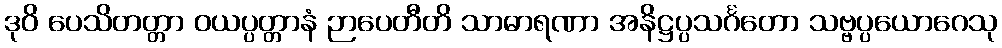
ဒုဝိ ပေသိတတ္တာ ဝယပ္ပတ္တာနံ ဉာပေတီတိ သာဓာရဏာ အနိဋ္ဌပ္ပသင်္ဂတော သဗ္ဗပ္ပယောဂေသု